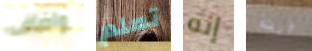
واضاف تعلم إنه أنت